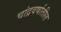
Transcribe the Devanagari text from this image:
चांद्रवर्षातील